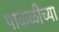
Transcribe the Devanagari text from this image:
पाकळीच्या